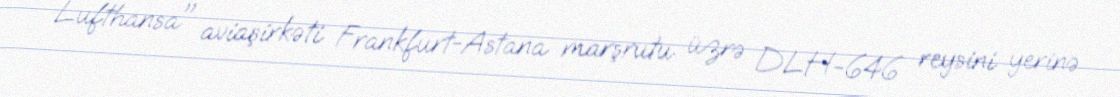
Lufthansa" aviaşirkəti Frankfurt-Astana marşrutu üzrə DLH-646 reysini yerinə